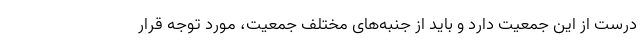
درست از این جمعیت دارد و باید از جنبه‌های مختلف جمعیت، مورد توجه قرار